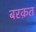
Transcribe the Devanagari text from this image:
बरक़त